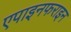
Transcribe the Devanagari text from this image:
एपाइनफराइन